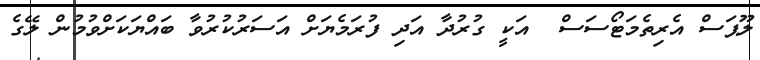
ލޫޕަސް އެރިތެމަޓޯސަސް  އަކީ ގުރުދާ އަދި ފުރަމެޔަށް އަސަރުކުރުވާ ބައްޔަކަށްވުމުން ލޭގެ